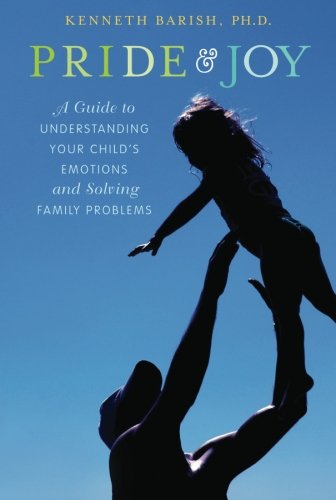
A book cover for Pride and Joy: A Guide to Understanding Your Child's Emotions and Solving Family Problems; Kenneth Barish; Self-Help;